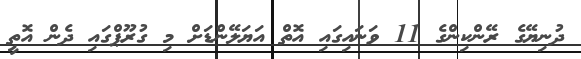
ދުނިޔޭގެ ރޭންކިންގެ 11 ވަނައިގައި އޮތް އަޔަލޭންޑަށް މި ގުރޫޕްގައި ދެން އޮތީ